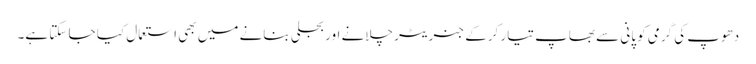
دھوپ کی گرمی کو پانی سے بھاپ تیار کرکے جنریٹر چلانے اور بجلی بنانے میں بھی استعمال کیا جا سکتا ہے۔